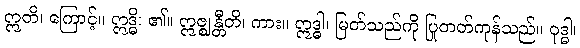
ဣတိ၊ ကြောင့်။ ဣဒ္ဓိ၊ ၏။ ဣဇ္ဈန္တီတိ၊ ကား။ ဣဒ္ဓါ၊ မြတ်သည်ကို ပြုတတ်ကုန်သည်။ ဝုဒ္ဓါ၊